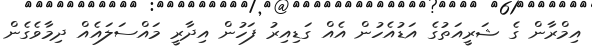
އިމްރާން ގެ ޝަރީއަތުގެ އަޑުއެހުން އެއް ގަޑިއިރު ފަހުން އިދާރީ މައްސަލައެއް ދިމާވެގެން